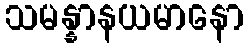
သမန္နာနယမာနော